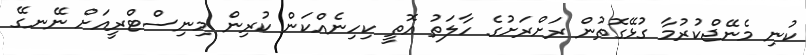
ކުނި މެނޭޖްކުރުމާ ގުޅޭގޮތުން ރަށްރަށުގެ ހާލަތު އޮތީ ކިހިނެއްކަން ކުރިން މިނިސްޓްރީއަށް ނޭނގޭ